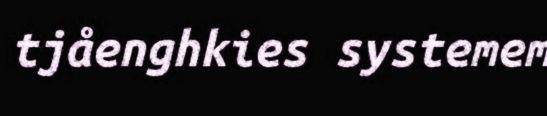
tjåenghkies systemem